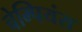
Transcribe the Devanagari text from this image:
चेम्पियंस